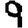
Digit: 9